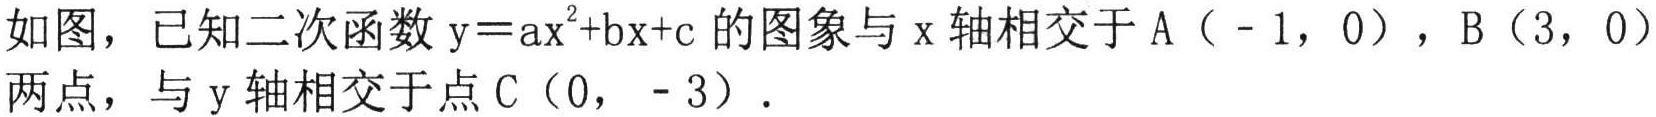
如图，已知二次函数\(y = ax^{2}+bx + c\)的图象与\(x\)轴相交于\(A(-1,0)\)，\(B(3,0)\)两点，与\(y\)轴相交于点\(C(0,-3)\)．